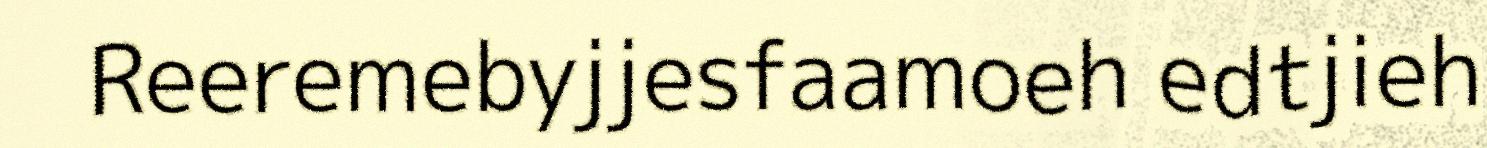
Reeremebyjjesfaamoeh edtjieh